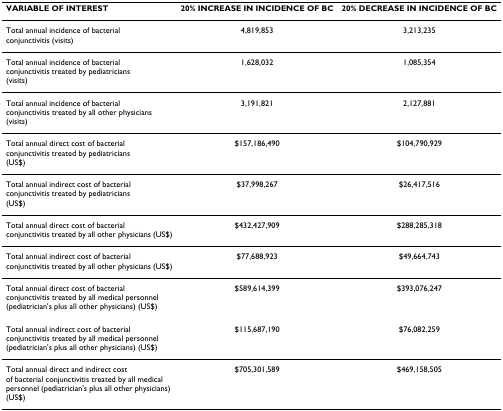
<table><thead><tr><td><b>VARIABLE OF INTEREST</b></td><td><b>20% INCREASE IN INCIDENCE OF BC</b></td><td><b>20% DECREASE IN INCIDENCE OF BC</b></td></tr></thead><tbody><tr><td>Total annual incidence of bacterialconjunctivitis (visits)</td><td>4,819,853</td><td>3,213,235</td></tr><tr><td>Total annual incidence of bacterialconjunctivitis treated by pediatricians(visits)</td><td>1,628,032</td><td>1,085,354</td></tr><tr><td>Total annual incidence of bacterialconjunctivitis treated by all other physicians (visits)</td><td>3,191,821</td><td>2,127,881</td></tr><tr><td>Total annual direct cost of bacterialconjunctivitis treated by pediatricians(US$)</td><td>$157,186,490</td><td>$104,790,929</td></tr><tr><td>Total annual indirect cost of bacterialconjunctivitis treated by pediatricians(US$)</td><td>$37,998,267</td><td>$26,417,516</td></tr><tr><td>Total annual direct cost of bacterialconjunctivitis treated by all other physicians (US$)</td><td>$432,427,909</td><td>$288,285,318</td></tr><tr><td>Total annual indirect cost of bacterialconjunctivitis treated by all other physicians (US$)</td><td>$77,688,923</td><td>$49,664,743</td></tr><tr><td>Total annual direct cost of bacterialconjunctivitis treated by all medical personnel (pediatrician&#x27;s plus all other physicians) (US$)</td><td>$589,614,399</td><td>$393,076,247</td></tr><tr><td>Total annual indirect cost of bacterial conjunctivitis treated by all medical personnel (pediatrician&#x27;s plus all other physicians) (US$)</td><td>$115,687,190</td><td>$76,082,259</td></tr><tr><td>Total annual direct and indirect costof bacterial conjunctivitis treated by all medical personnel (pediatrician&#x27;s plus all other physicians) (US$)</td><td>$705,301,589</td><td>$469,158,505</td></tr></tbody></table>